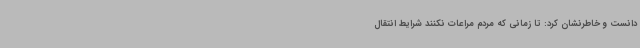
دانست و خاطرنشان کرد: تا زمانی که مردم مراعات نکنند شرایط انتقال